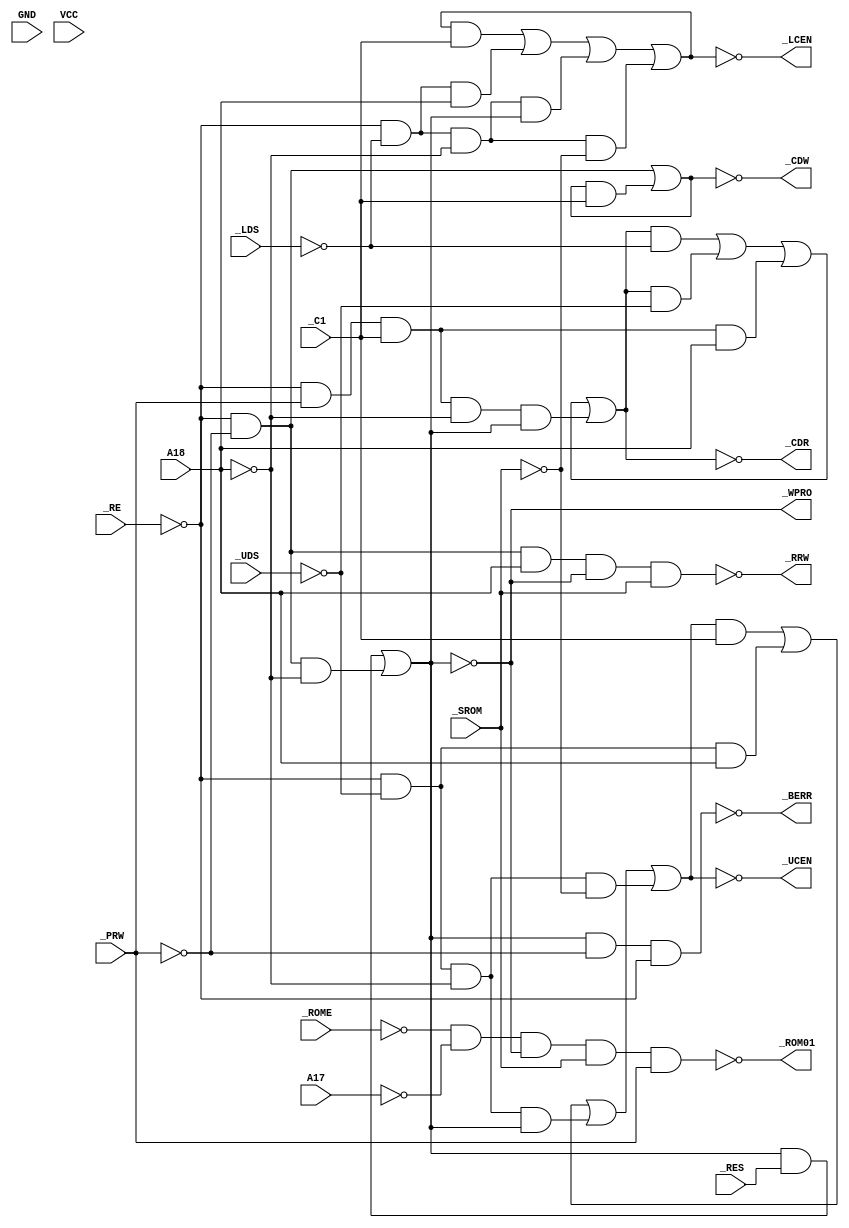
/*
 * Copyright (C) 2010, Jason S. McMullan. All rights reserved.
 *
 * This program is free software; you can redistribute it and/or
 * modify it under the terms of the GNU General Public License
 * as published by the Free Software Foundation; either version 2
 * of the License, or (at your option) any later version.
 *
 * This program is distributed in the hope that it will be useful,
 * but WITHOUT ANY WARRANTY; without even the implied warranty of
 * MERCHANTABILITY or FITNESS FOR A PARTICULAR PURPOSE.  See the
 * GNU General Public License for more details.
 *
 * You should have received a copy of the GNU General Public License
 * along with this program; if not, write to the Free Software
 * Foundation, Inc., 51 Franklin Street, Fifth Floor,
 * Boston, MA 02110-1301, USA.
 *
 */

module Amiga_DAUGCAS (
	input	_SROM,
	input	A18,
	input	A17,
	input	_PRW,
	input	_UDS,
	input	_LDS,
	input	_RE,
	input	_RES,
	input	_ROME,
	input	GND,
	input	_C1,
	output	_BERR,
	output	_WPRO,
	output	_RRW,
	output	_LCEN,
	output	_UCEN,
	output	_CDR,
	output	_CDW,
	output	_ROM01,
	input	VCC
);

wire SROM;
wire _A18;
wire _A17;
wire PRW;
wire UDS;
wire LDS;
wire RE;
wire RES;
wire ROME;
wire C1;
reg  BERR;
reg  WPRO;
reg  RRW;
reg  LCEN;
reg  UCEN;
reg  CDR;
reg  CDW;
reg  ROM01;


// Inputs
assign SROM = !_SROM;
assign _A18 = !A18;
assign _A17 = !A17;
assign PRW = !_PRW;
assign UDS = !_UDS;
assign LDS = !_LDS;
assign RE = !_RE;
assign RES = !_RES;
assign ROME = !_ROME;
assign C1 = !_C1;
assign _BERR = !BERR;
// Outputs
assign _WPRO = !WPRO;
assign _RRW = !RRW;
assign _LCEN = !LCEN;
assign _UCEN = !UCEN;
assign _CDR = !CDR;
assign _CDW = !CDW;
assign _ROM01 = !ROM01;

	// ROM01 = ROME*/A17*/WPRO*/SROM*/PRW
initial ROM01 = 1'b0;
always @(*)
	ROM01 <= ROME && _A17 &&  _WPRO && _SROM && _PRW;

	// CDR   = CDR*LDS+CDR*UDS+RE*/PRW*/C1*A18+RE*/PRW*/C1*/A18*WPRO+
	//        RE*/PRW*/C1/A18*SROM
initial CDR = 1'b0;
always @(*)
	CDR <= (CDR && LDS) ||
		     (CDR && UDS) ||
		     (RE && _PRW && _C1 && A18) ||
		     (RE && _PRW && _C1 && _A18 && WPRO);

	// CDW   = RE*PRW+CDW*/C1
initial CDW = 1'b0;
always @(*)
	CDW <= (RE && PRW) || (CDW && _C1);

	// UCEN  = UCEN*/C1+RE*UDS*A18+RE*UDS*/A18*WPRO+
	//         RE*UDS*/A18*SROM
initial UCEN = 1'b0;
always @(*)
	UCEN <= (UCEN && _C1) ||
		(RE && UDS && A18) ||
		(RE && UDS && _A18 && WPRO) ||
		(RE && UDS && _A18 && SROM);

	// LCEN  = LCEN*/C1+RE*LDS*A18+RE*LDS*/A18*WPRO+
	//         RE*LDS*/A18*SROM
initial LCEN = 1'b0;
always @(*)
	LCEN <= (LCEN && _C1) ||
		(RE && LDS && A18) ||
		(RE && LDS && _A18 && WPRO) ||
		(RE && LDS && _A18 && SROM);

	// RRW   = RE*PRW*A18*/WPRO*/SROM
initial RRW = 1'b0;
always @(*)
	RRW <= (RE && PRW && A18 && _WPRO && _SROM);

	// BERR  = WPRO*PRW*RE
initial BERR = 1'b0;
always @(*)
	BERR <= (WPRO && PRW && RE);

	// WPRO  = WPRO*/RES+PRW*RE*/A18
initial WPRO = 1'b0;
always @(*)
	WPRO <= (WPRO && _RES) ||
		      (PRW && RE && _A18);


endmodule